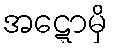
အဋ္ဋောမှိ